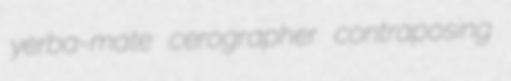
yerba-mate cerographer contraposing